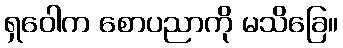
ရှဝေါက စောပညာကို မသိခြေ။